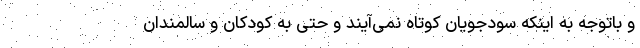
و باتوجه به اینکه سودجویان کوتاه نمی‌آیند و حتی به کودکان و سالمندان